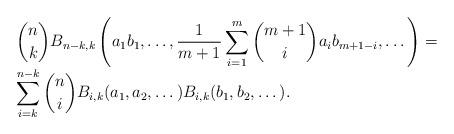
LaTeX: \begin{align*}\begin{array}{l}\displaystyle \binom nkB_{n-k,k}\left(a_1b_1,\dots,\frac1{m+1}\sum_{i=1}^m\binom {m+1}i a_ib_{m+1-i},\dots \right)=\\\displaystyle\sum_{i=k}^{n-k}\binom niB_{i,k}(a_1,a_2,\dots)B_{i,k}(b_1,b_2,\dots).\end{array}\end{align*}